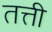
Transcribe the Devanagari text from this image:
तत्ती